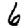
Digit: 6